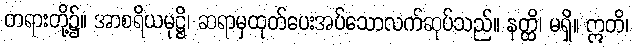
တရားတို့၌။ အာစရိယမုဋ္ဌိ၊ ဆရာမှထုတ်ပေးအပ်သောလက်ဆုပ်သည်။ နတ္ထိ၊ မရှိ။ ဣတိ၊